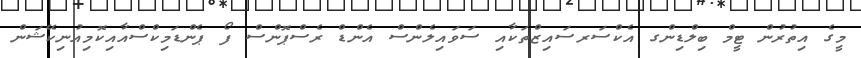
މީގެ އިތުރުން ޓީމް ބިލްޑިންގ އެކްސަރސައިޒްތަކާއި ސަވައިލެންސް އެންޑް ރެސްޕޮންސް ފޯ ޕެންޑަމިކްސްއާއިކޮމިއުނިކޭޝަން